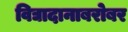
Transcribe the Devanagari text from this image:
विद्यादानाबरोबर